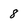
Character: 8